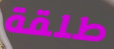
طلقة